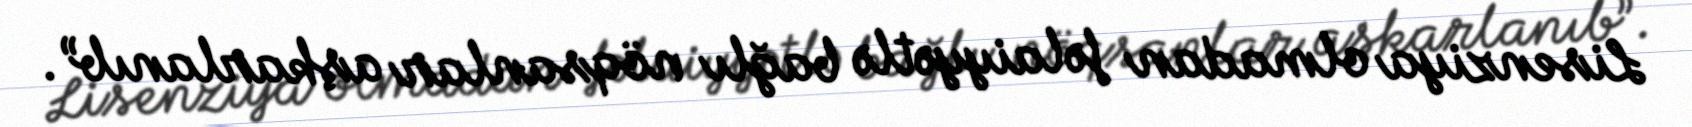
Lisenziya olmadan fəlaiyyətlə bağlı nöqsanlar aşkarlanıb”.